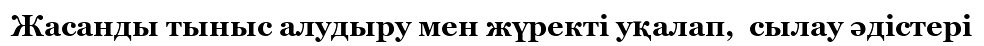
Жасанды тыныс алудыру мен жүректі уқалап,  сылау әдістері